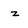
Character: z